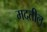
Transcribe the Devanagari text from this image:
मदतील